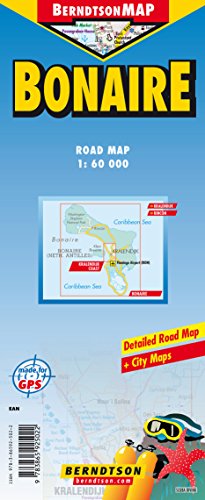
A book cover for Country Map of Bonaire; Berndtson Maps; Travel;